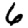
Digit: 6